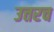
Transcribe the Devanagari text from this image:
उत्तरच